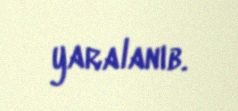
yaralanıb.